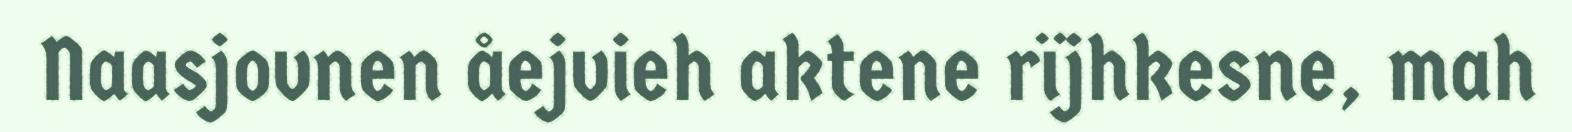
Naasjovnen åejvieh aktene rïjhkesne, mah